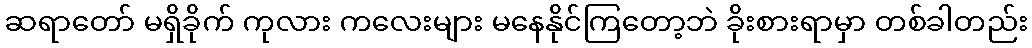
ဆရာတော် မရှိခိုက် ကုလား ကလေးများ မနေနိုင်ကြတော့ဘဲ ခိုးစားရာမှာ တစ်ခါတည်း